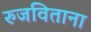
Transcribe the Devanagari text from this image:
रुजविताना